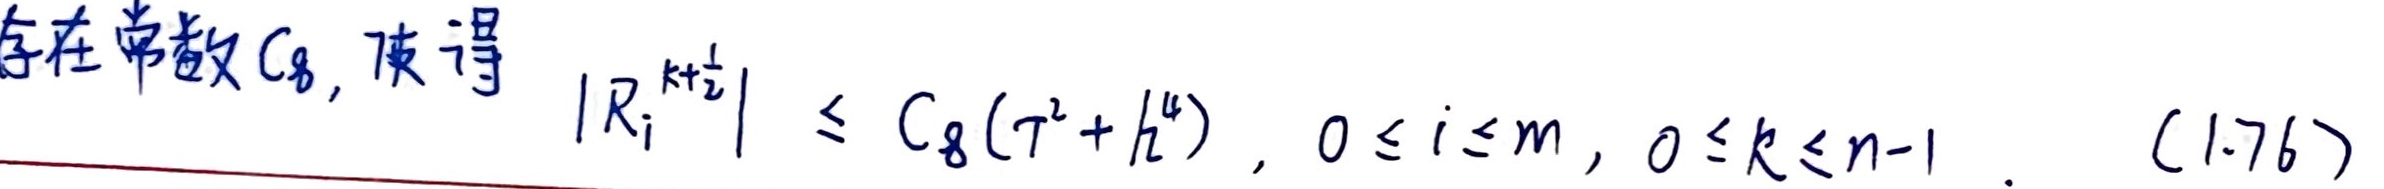
存在常数$C_8$, 使得 $|R_i^{k+\frac{1}{2}}| \leq C_8(T^2+h^4), 0\leq i\leq m, 0\leq k\leq n-1$.  (1.76)